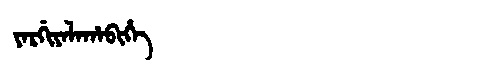
Manchu: ᠶᠠᡵᡤᡳᠶᠠᠯᠠᡥᠠᠪᡳᡥᡝ
Romanization: YARGIYALAHABIHE